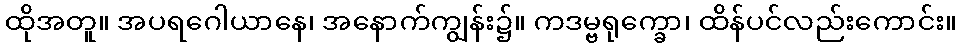
ထိုအတူ။ အပရဂေါယာနေ၊ အနောက်ကျွန်း၌။ ကဒမ္ဗရုက္ခော၊ ထိန်ပင်လည်းကောင်း။